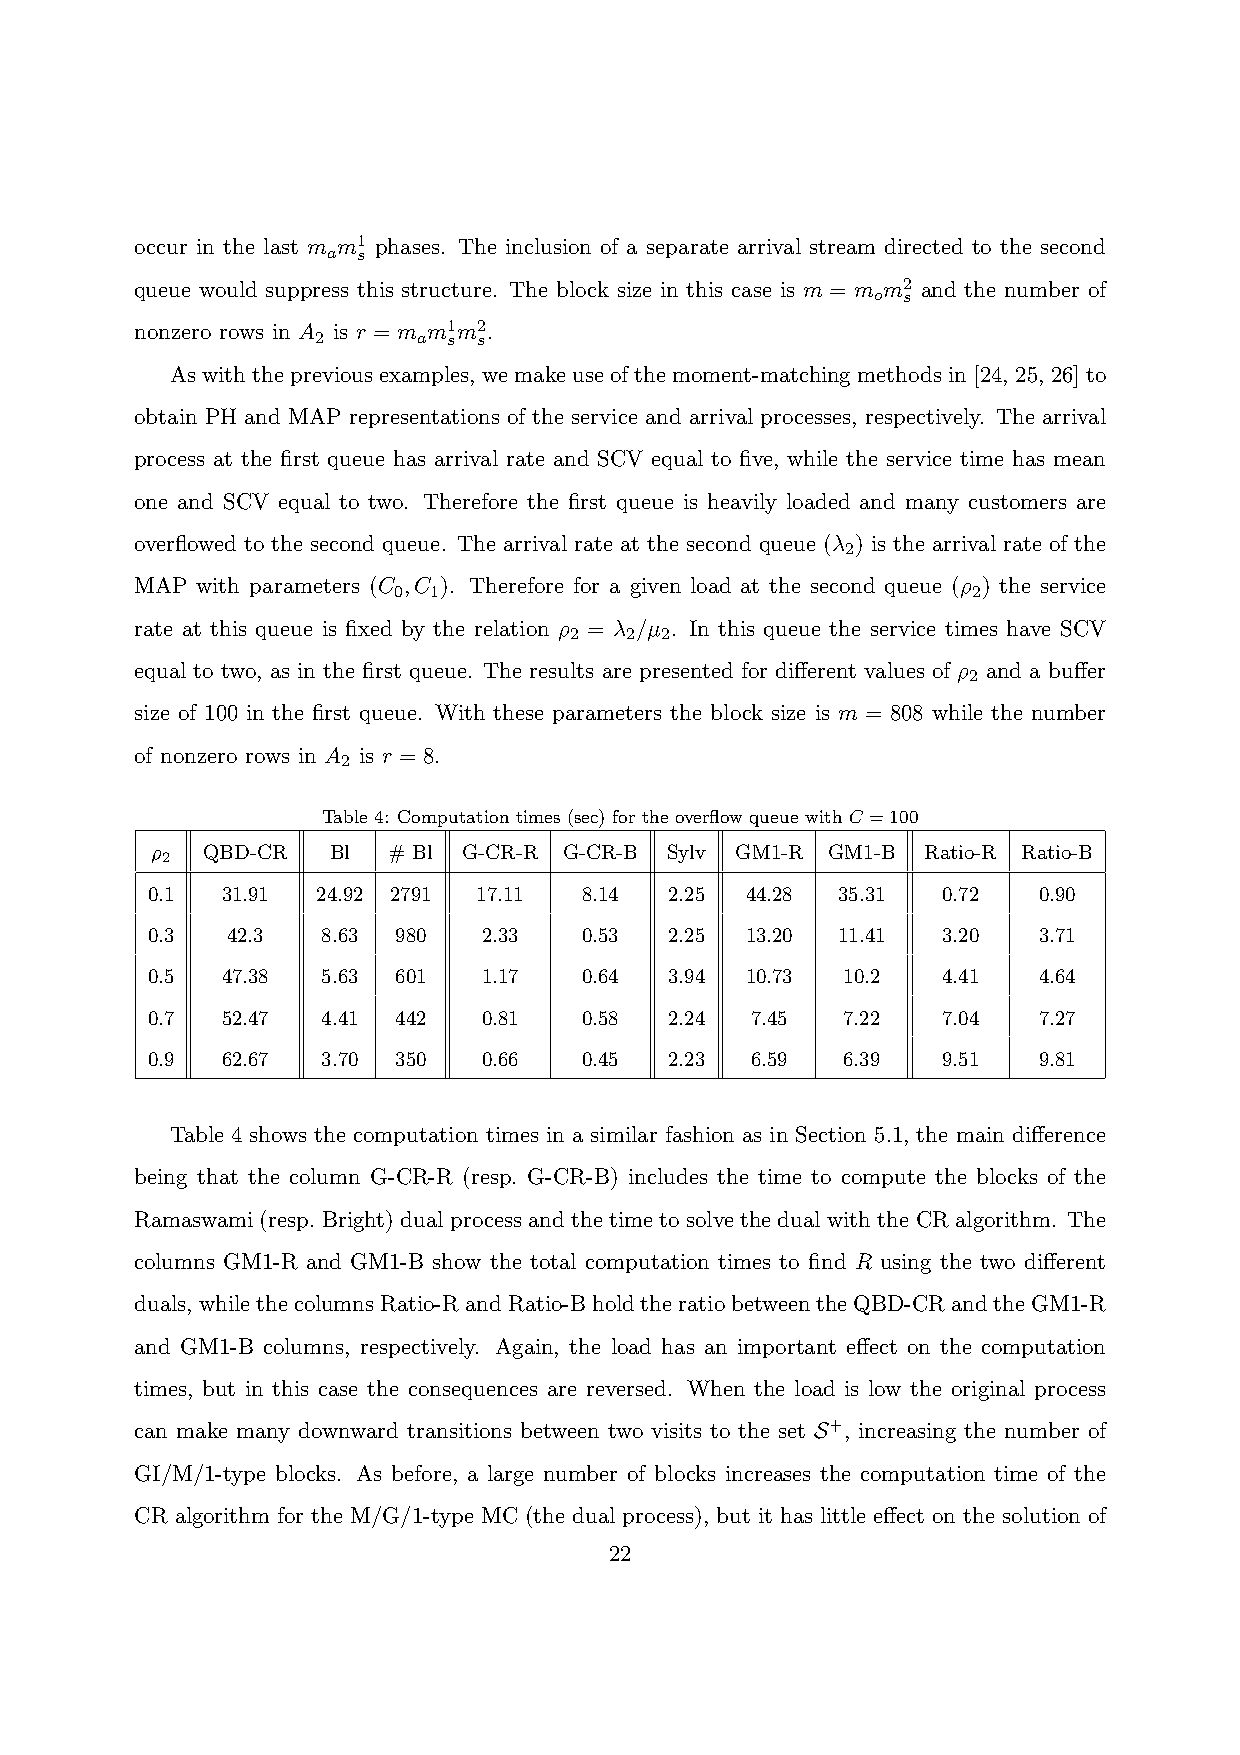
occur in the last m m1 phases. The inclusion of a separate arrival stream directed to the second
 a s
 queue would suppress this structure. The block size in this case is m = m m2 and the number of
 o s
 nonzero rows in A is r = m m1m2.
 2      a s s
 Aswiththepreviousexamples, wemakeuseofthemoment-matchingmethodsin[24, 25, 26]to
 obtain PH and MAP representations of the service and arrival processes, respectively. The arrival
 process at the first queue has arrival rate and SCV equal to five, while the service time has mean
 one and SCV equal to two. Therefore the first queue is heavily loaded and many customers are
 overflowed to the second queue. The arrival rate at the second queue (λ ) is the arrival rate of the
 2
 MAP with parameters (C ,C ). Therefore for a given load at the second queue (ρ ) the service
 0 1                                   2
 rate at this queue is fixed by the relation ρ = λ /µ . In this queue the service times have SCV
 2  2  2
 equal to two, as in the first queue. The results are presented for different values of ρ and a buffer
 2
 size of 100 in the first queue. With these parameters the block size is m = 808 while the number
 of nonzero rows in A is r = 8.
 2
 Table 4: Computation times (sec) for the overflow queue with C =100
 ρ2 QBD-CR   Bl  # Bl G-CR-R G-CR-B Sylv GM1-R GM1-B Ratio-R Ratio-B
 0.1  31.91 24.92 2791 17.11  8.14 2.25 44.28 35.31  0.72   0.90
 0.3  42.3  8.63 980   2.33   0.53 2.25 13.20 11.41  3.20   3.71
 0.5  47.38 5.63 601   1.17   0.64 3.94 10.73  10.2  4.41   4.64
 0.7  52.47 4.41 442   0.81   0.58 2.24  7.45  7.22  7.04   7.27
 0.9  62.67 3.70 350   0.66   0.45 2.23  6.59  6.39  9.51   9.81
 Table 4 shows the computation times in a similar fashion as in Section 5.1, the main difference
 being that the column G-CR-R (resp. G-CR-B) includes the time to compute the blocks of the
 Ramaswami (resp. Bright)dual processand the timetosolvethe dual with theCR algorithm. The
 columns GM1-R and GM1-B show the total computation times to find R using the two different
 duals,whilethecolumnsRatio-RandRatio-BholdtheratiobetweentheQBD-CRandtheGM1-R
 and GM1-B columns, respectively. Again, the load has an important effect on the computation
 times, but in this case the consequences are reversed. When the load is low the original process
 can make many downward transitions between two visits to the set S+, increasing the number of
 GI/M/1-type blocks. As before, a large number of blocks increases the computation time of the
 CR algorithm for the M/G/1-type MC (the dual process), but it has little effect on the solution of
 22